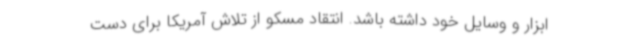
ابزار و وسایل خود داشته باشد. انتقاد مسکو از تلاش آمریکا برای دست